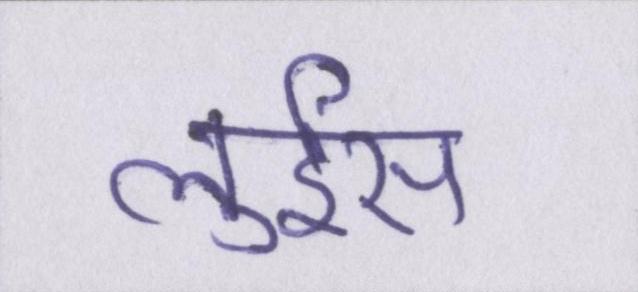
लुईस